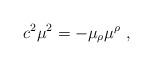
LaTeX: \begin{align*}c^2\mu^2=-\mu_\rho\mu^\rho \ ,\end{align*}